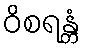
ဝိစရန္တံ